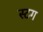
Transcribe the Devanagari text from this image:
स्टग